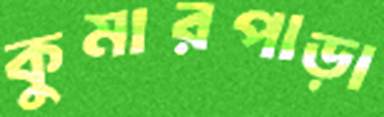
কুমারপাড়া